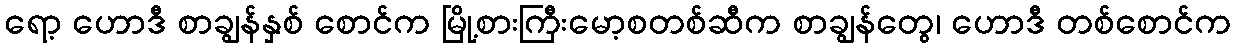
ရော့ ဟောဒီ စာချွန်နှစ် စောင်က မြို့စားကြီးမော့စတစ်ဆီက စာချွန်တွေ၊ ဟောဒီ တစ်စောင်က